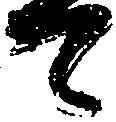
て